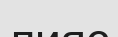
лияс